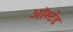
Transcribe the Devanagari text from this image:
ऑर्स्टेड